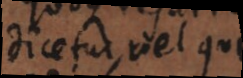
dicetur, vel quod